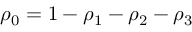
\rho _ { 0 } = 1 - \rho _ { 1 } - \rho _ { 2 } - \rho _ { 3 }